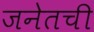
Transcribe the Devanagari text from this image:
जनेतची